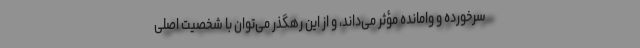
سرخورده و وامانده مؤثر می‌داند، و از این رهگذر می‌توان با شخصیت اصلی